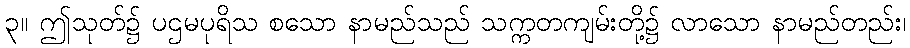
၃။ ဤသုတ်၌ ပဌမပုရိသ စသော နာမည်သည် သက္ကတကျမ်းတို့၌ လာသော နာမည်တည်း၊